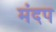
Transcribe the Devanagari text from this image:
मंदप